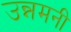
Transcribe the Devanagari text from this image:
उन्नमनी